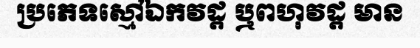
ប្រភេទស្មៅឯកវដ្ត ឬពហុវដ្ត មាន